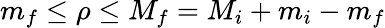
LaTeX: m_{f}\le\rho\le M_{f}=M_{i}+m_{i}-m_{f}